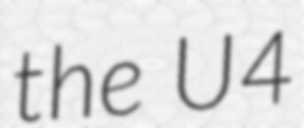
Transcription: the U4